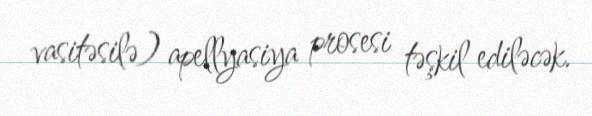
vasitəsilə) apellyasiya prosesi təşkil ediləcək.